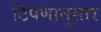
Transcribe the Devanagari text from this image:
टिपणानुसार